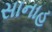
સાનાહ